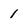
Character: 1